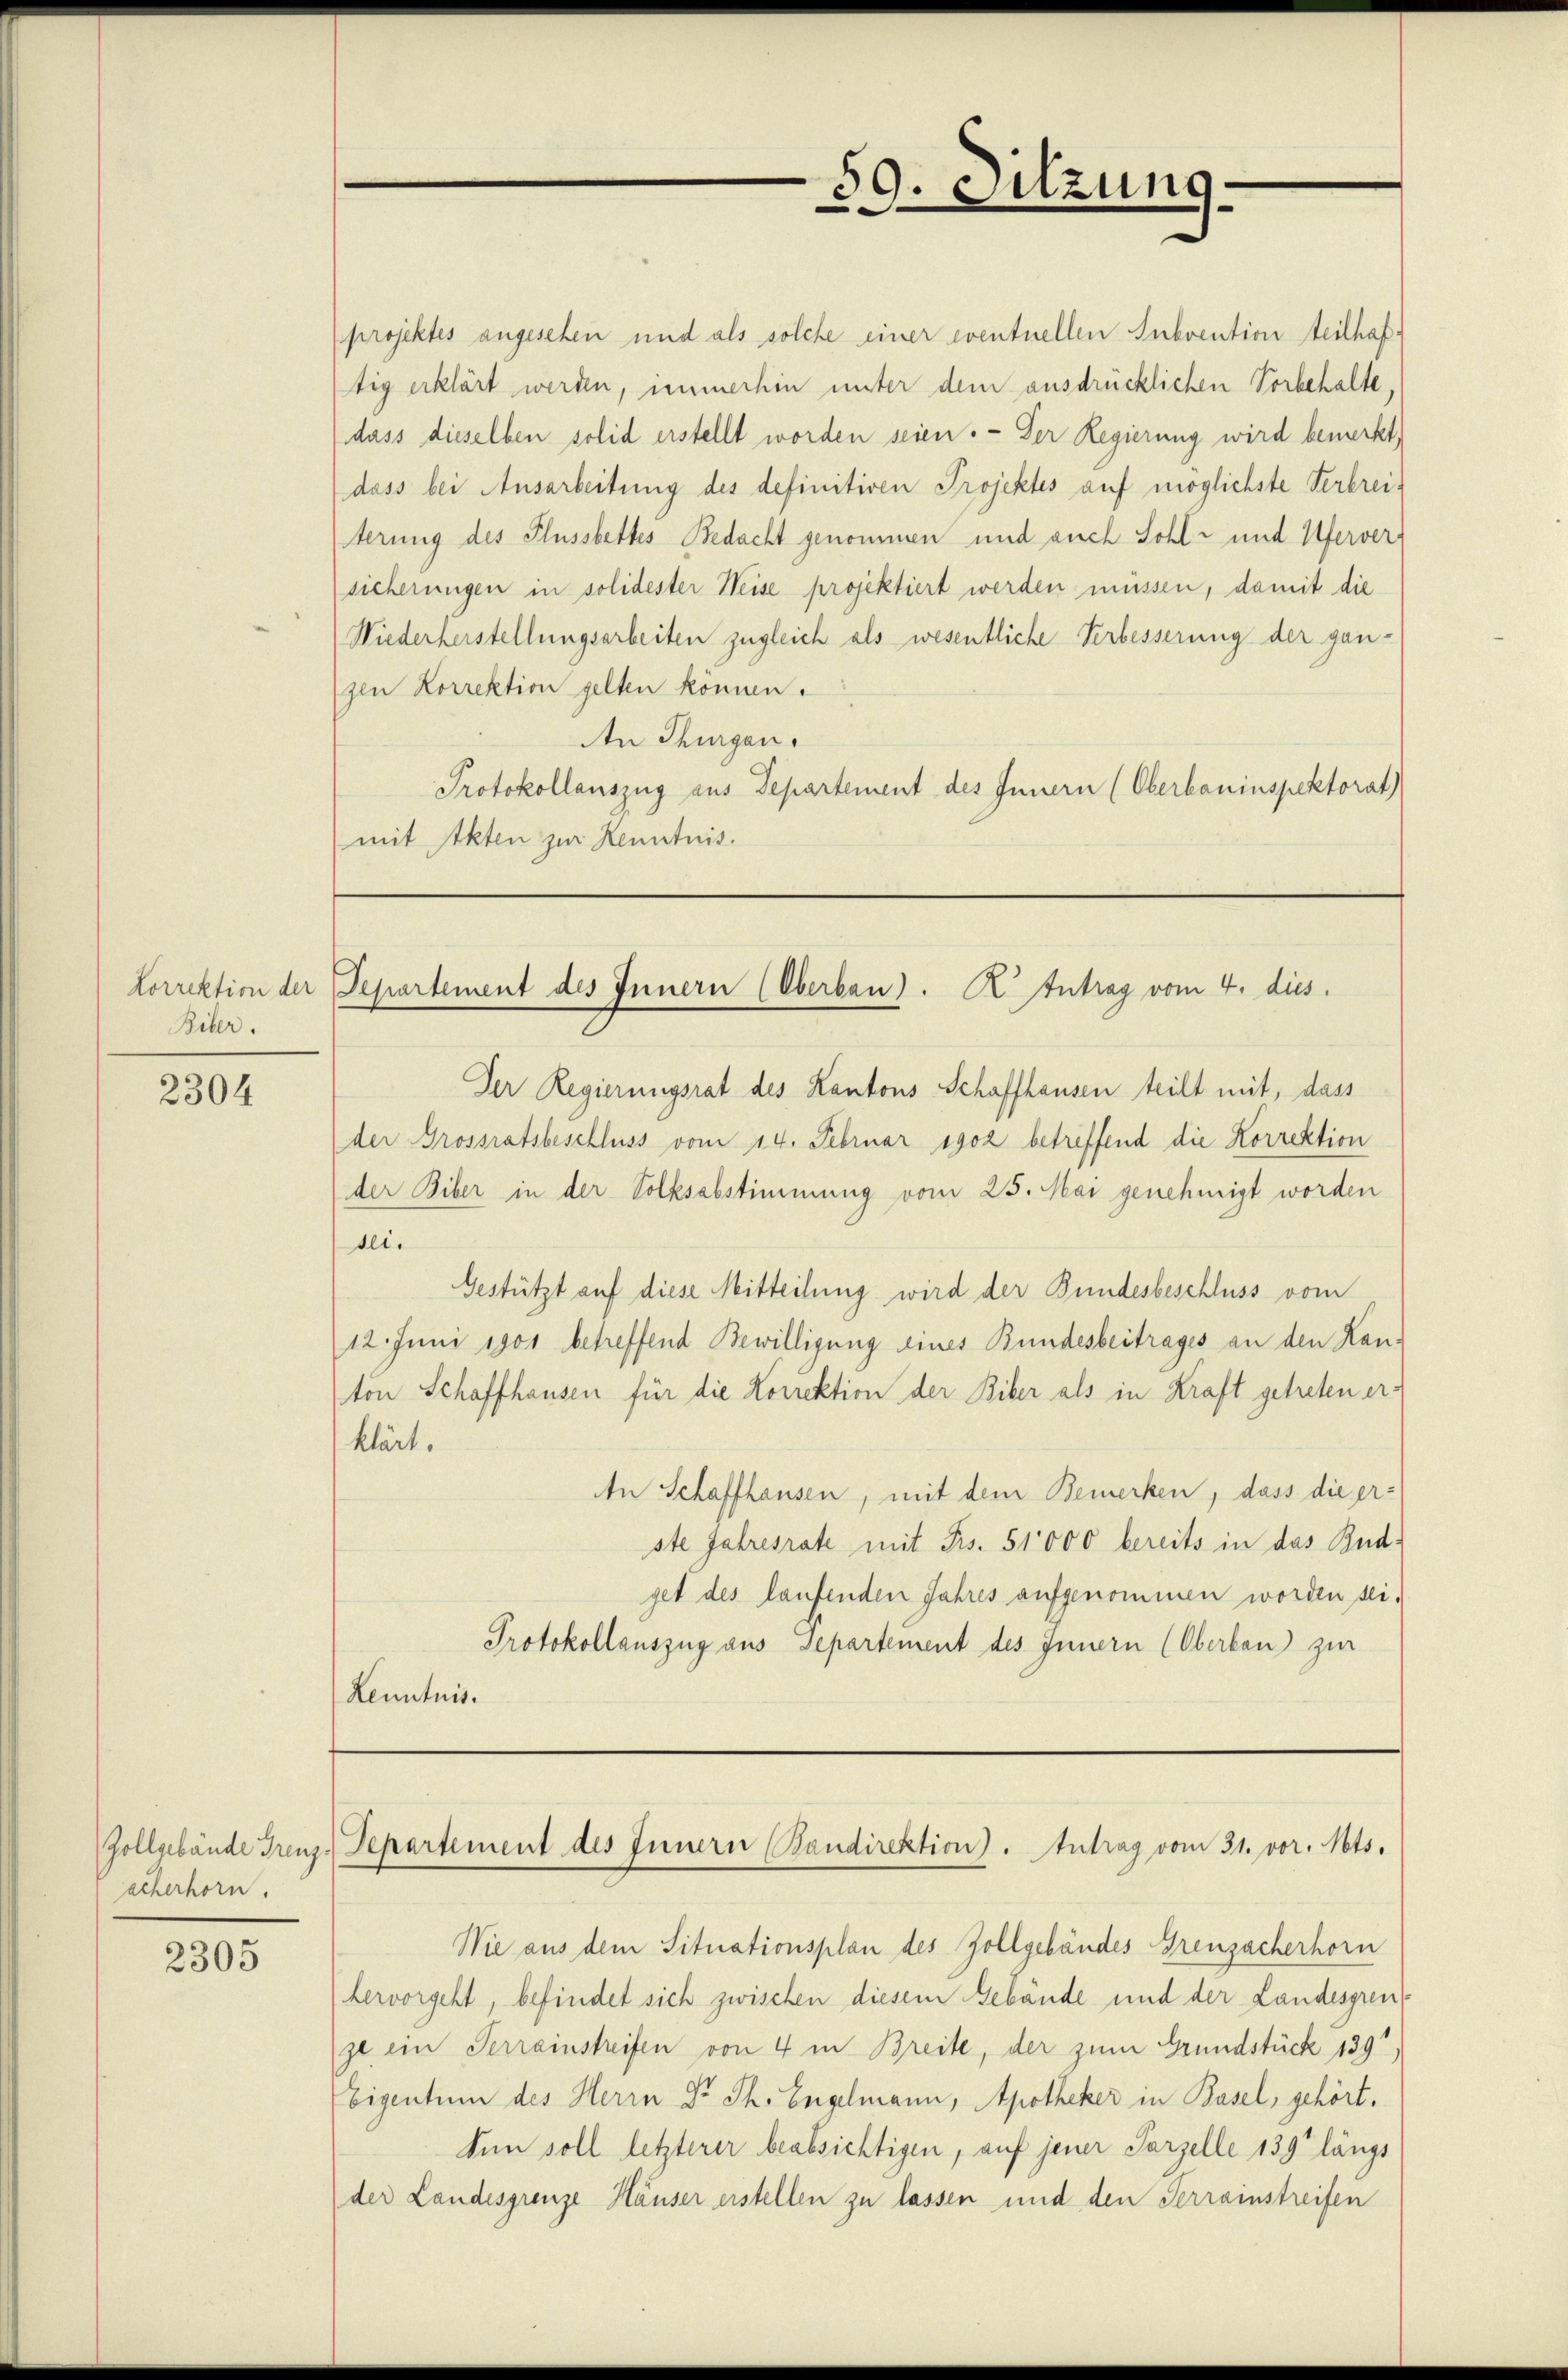
Lorrektion der
Biber.

2304

Zollgebäude Grenz
acherhorn.

2305

projektes angesehen und als solche einer eventuellen Subvention teilhaftig erklärt werden, immerhin unter dem ausdrücklichen Vorbehalte,
dass dieselben solid erstellt worden seien. - Der Regierung wird bemerkt,
dass bei Ausarbeitung des definitiven Projektes auf möglichste Verbreiterung des Flussbettes Bedacht genommen und auch Sohl- und Uferversicherungen in solidester Weise projektiert werden müssen, damit die
Wiederherstellungsarbeiten zugleich als wesentliche Verbesserung der ganzen Korrektion gelten können.
An Thurgau.
Protokollauszug aus Departement des Innern (Oberbauinspektorat)
(mit Akten zur Kenntnis.

Der Regierungsrat des Kantons Schaffhausen teilt mit, dass
der Grossratsbeschluss vom 14. Februar 1902 betreffend die Korrektion
der Biber in der Volksabstimmung vom 25. Mai genehmigt worden
sei.
Gestützt auf diese Mitteilung wird der Bundesbeschluss vom
12. Juni 1901 betreffend Bewilligung eines Bundesbeitrages an den Kan-
ton Schaffhausen für die Korrektion der Biber als in Kraft getreten erklärt.
An Schaffhausen, mit dem Bemerken, dass die erste Jahresrate mit Frs. 51000 bereits in das Budget des laufenden Jahres aufgenommen worden sei.
Protokollauszug aus Separtement des Innern (Oberkon) zur
Lenntnis.

59. Dilzune
.

Departement des Innern (Oberbau). K. Antrag vom 4. dies

Departement des Innern (Bandirektion). Antrag vom 31. vor. Mts.

Wie aus dem Situationsplan des Zollgebäudes Greuzacherhorn
hervorgeht, befindet sich zwischen diesem Gebäude und der Landesgrenze ein Terrainstreifen von 4 in Breite, der zum Grundstück 139,
Eigentum des Herrn Dr. Th. Engelmann, Apotheker in Basel, gehört.
tnn soll letzterer beabsichtigen, auf jener Parzelle 139 längs
der Landesgrenze Häuser erstellen zu lassen und den Terrainstreifen